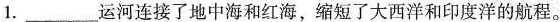
1.___运河连接了地中海和红海，缩短了大西洋和印度洋的航程。